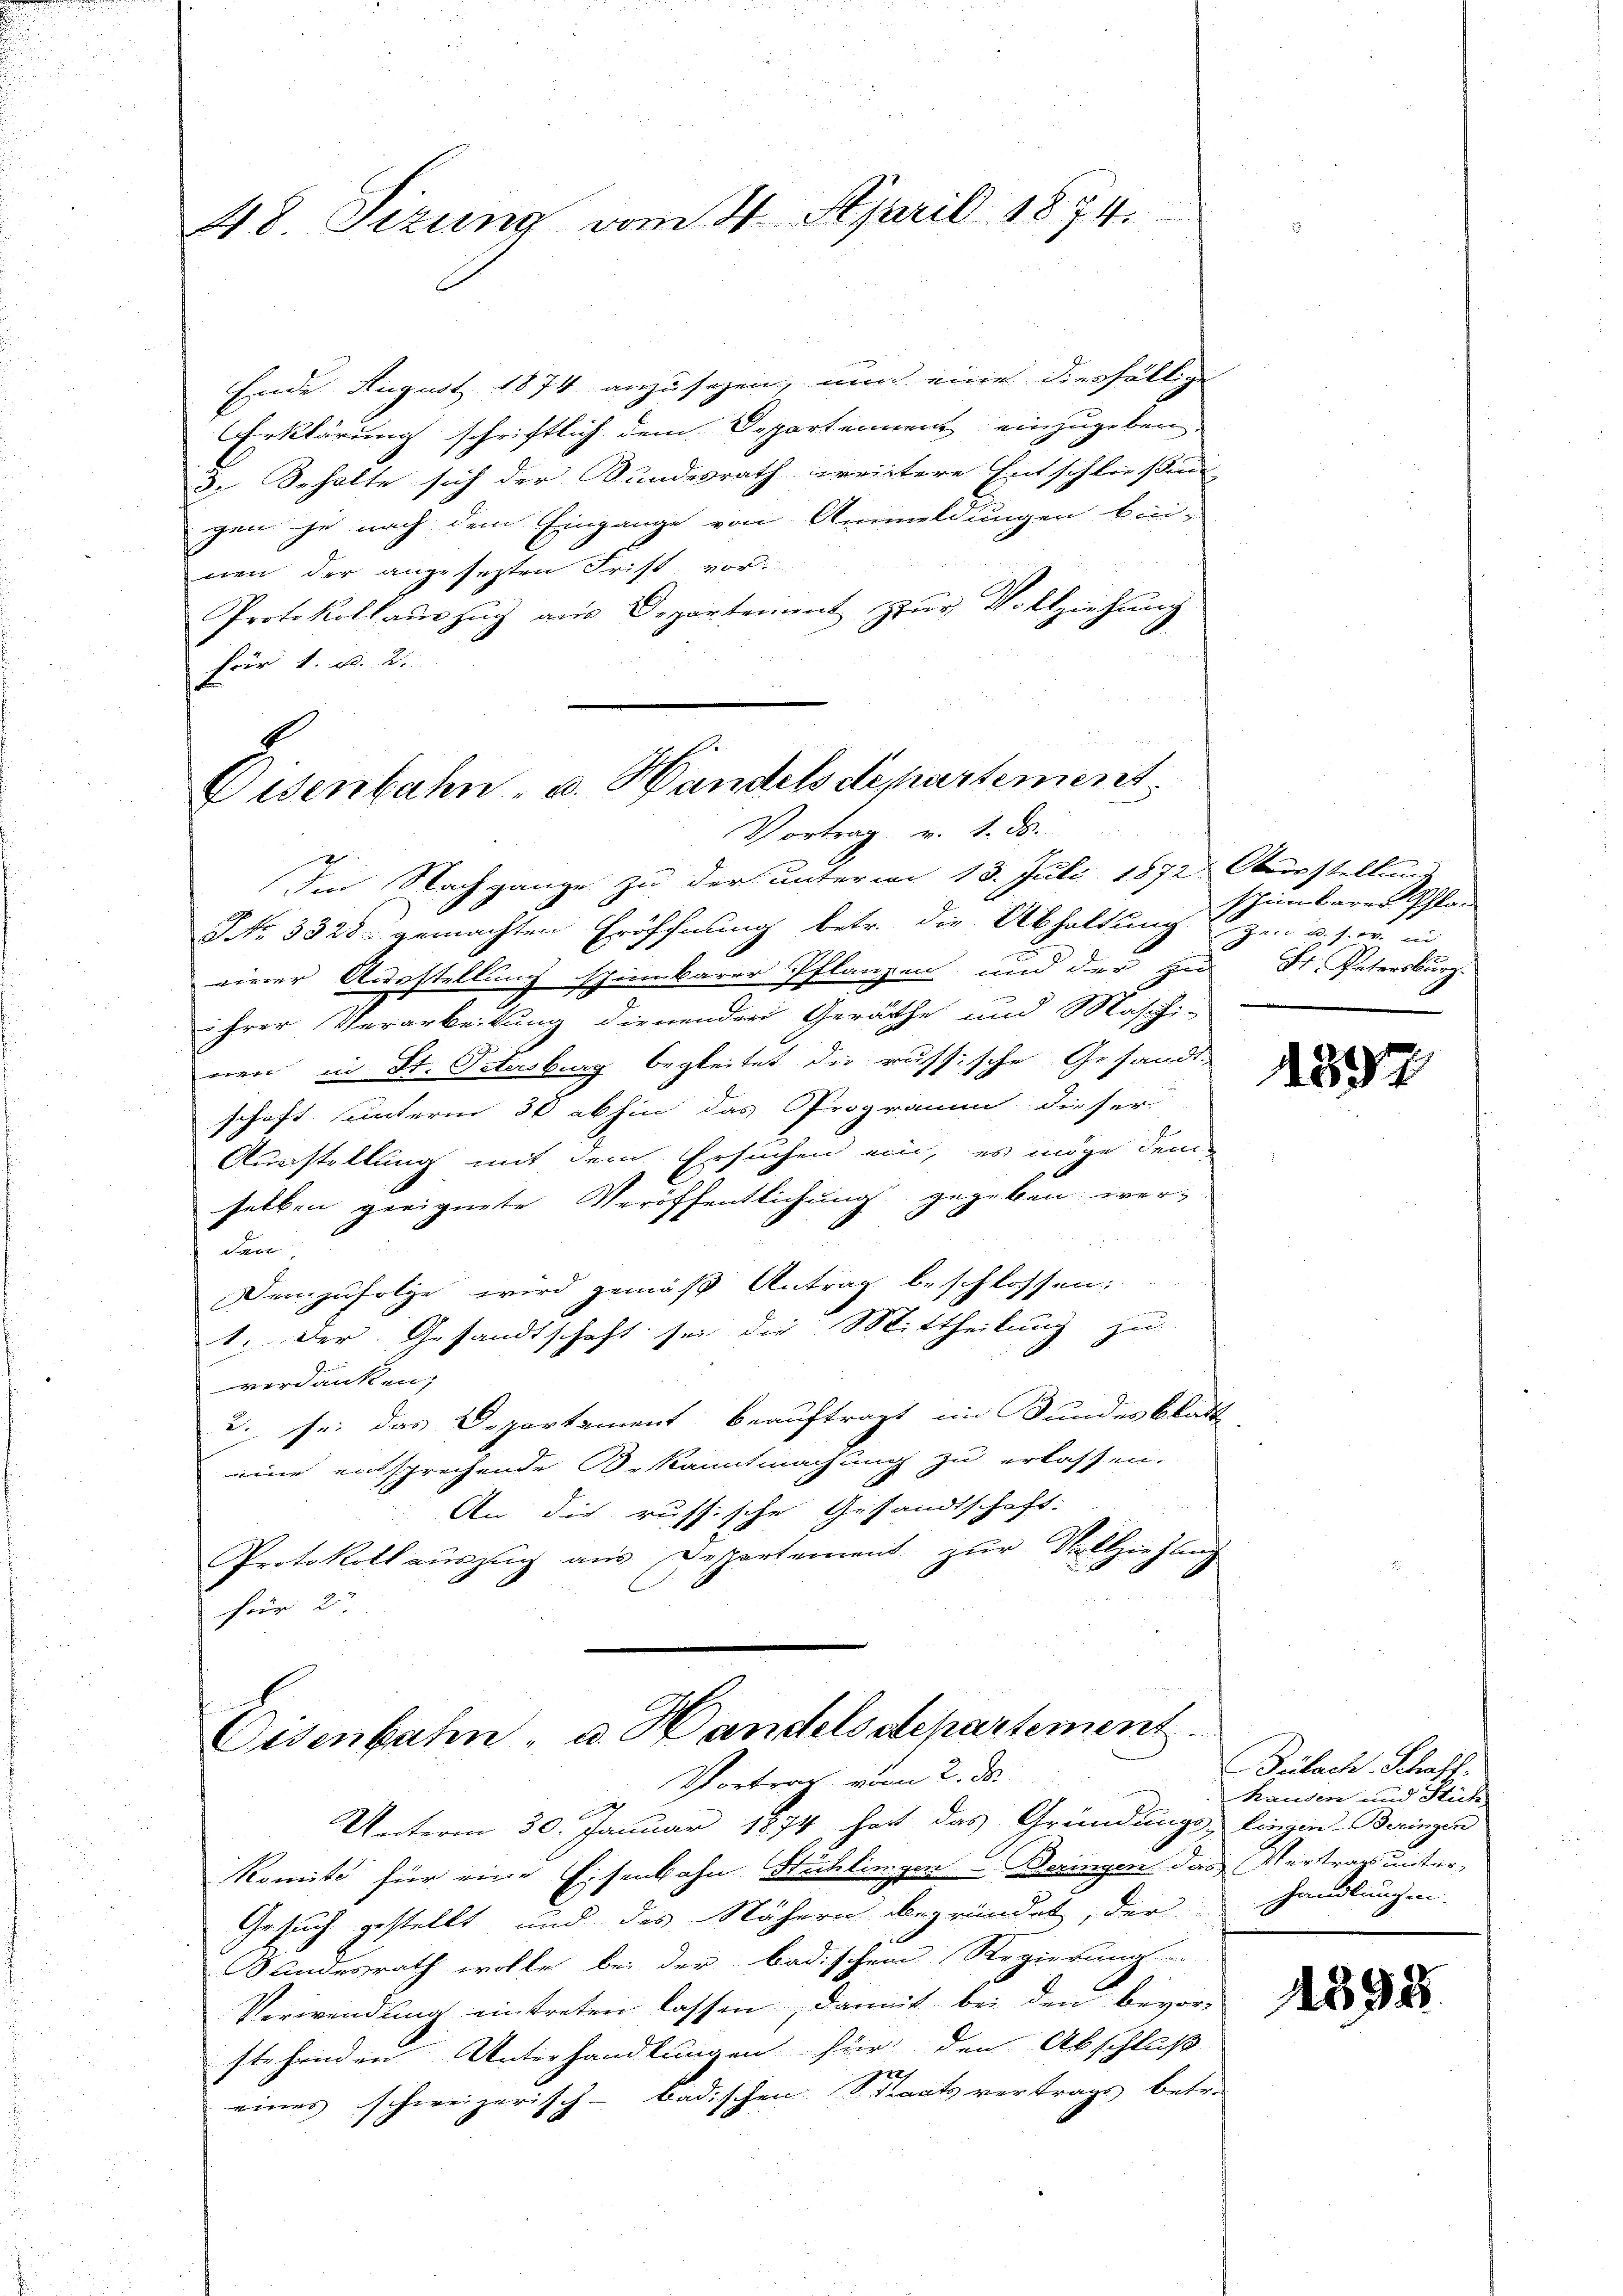
48. Sizung vom 4. April 1874.

Ende August 1874 anzusehen, nun eine diesfällige
Erklärung schriftlich dem Departennent einzugeben
3. Beholte sich der Bundesrath weitere Entschliessung
gen je nach dem Eingange von Anmeldungen bin-
nen der angesezten Frist vor:
Protokollaŭszŭg aŭs Departement zŭr Vollziehŭng
für 1. d. 2.

Disenbahn- u. Handelsdepartement
Vortrag v. 1. ds.

Im Nachgange zu der unterm 13. Juli 1872 Oberstellung
NNo. 3328. gemachten Eröffnung betr. die Abhaltung zen u. s. w. in
einer Ausstellung spinnbarer Pflanzen und der zu St. Petersburg.
ihrer Verarbeitung dienenden Geräthe und Maschi-
nen in St. Petersburg begleitet die russische Gesandtschaft unterm 30 abhin das Programm dieser
Ausstellung mit dem Ersuchen ein, es möge dem
selben geeignete Veröffentlichung gegeben wer¬

Demzufolge wird gemäß Antrag beschlossen;
1. Der Gesandtschaft sei die Mittheilung zu
verdanken,
2. sei das Departement beauftragt im Bundesblatt
eine entsprechende Bekanntmachung zu erlassen.
An die russische Gesandtschaft:
Protokoll aŭszŭg aŭs Departement zŭr Vollziehung
für 2

Oesenbahn- u. Handelsdepartement.
Vortrag vom 2. ds.

Unterm 30. Januar 1874 hat das Gründungslingen Beringen
komité für eine Eisenbahn Stichlingen - Deringen das Vertrags unter-
Gesuch gestellt, und das Nähern begründet, der
Landesrath wolle bei der badischem Regierung
Verwendung eintreten lassen, damit bei den bevor-
stehenden Unterhandlungen für den Abschluß
3
eines schweizerisch-badischen Staatsvertrags betr.

scheinbarer Pflan

1852

Bülach Schaff-
Randen und Stüh-
handlungen.

Nr. 95